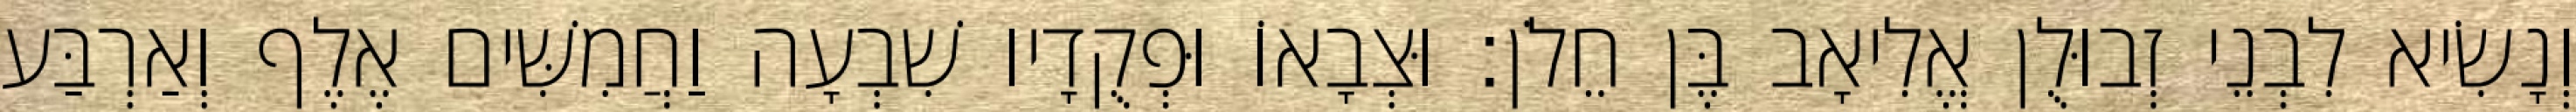
וְנָשִׂיא לִבְנֵי זְבוּלֻן אֱלִיאָב בֶּן חֵלֹן׃ וּצְבָאוֹ וּפְקֻדָיו שִׁבְעָה וַחֲמִשִּׁים אֶלֶף וְאַרְבַּע